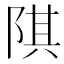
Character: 𨺌